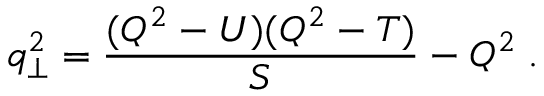
q _ { \perp } ^ { 2 } = \frac { ( Q ^ { 2 } - U ) ( Q ^ { 2 } - T ) } { S } - Q ^ { 2 } \; .